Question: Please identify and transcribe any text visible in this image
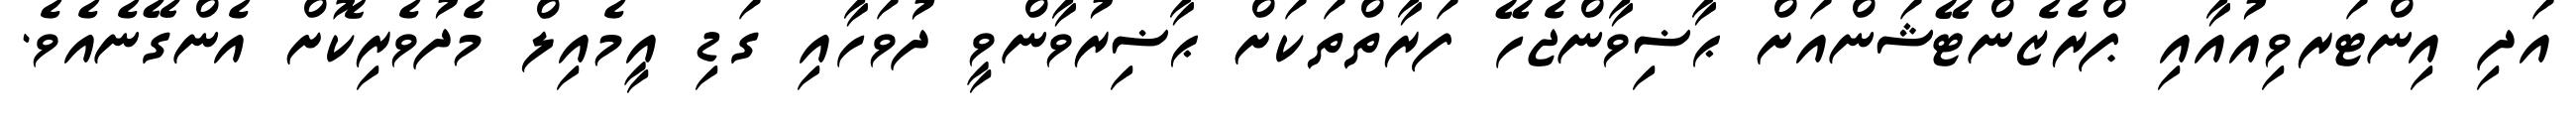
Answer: އަދި އިންޓަރވިއުއާއި ޕްރެޒެންޓޭޝަންއަށް ޙާޟިވާންޖެހޭ ފަރާތްތަކަށް ޙާޟިރުވާންވީ ދުވަހާއި ގަޑި އީމެއިލް މެދުވެރިކޮށް އެންގޭނެއެވެ.